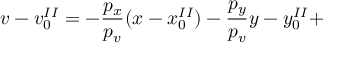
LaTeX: v - v _ { 0 } ^ { I I } = - \frac { p _ { x } } { p _ { v } } ( x - x _ { 0 } ^ { I I } ) - \frac { p _ { y } } { p _ { v } } y - y _ { 0 } ^ { I I } +